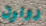
رونون